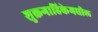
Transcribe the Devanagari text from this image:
शुक्रगाहिकेमधील